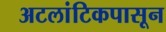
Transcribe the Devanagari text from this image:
अटलांटिकपासून